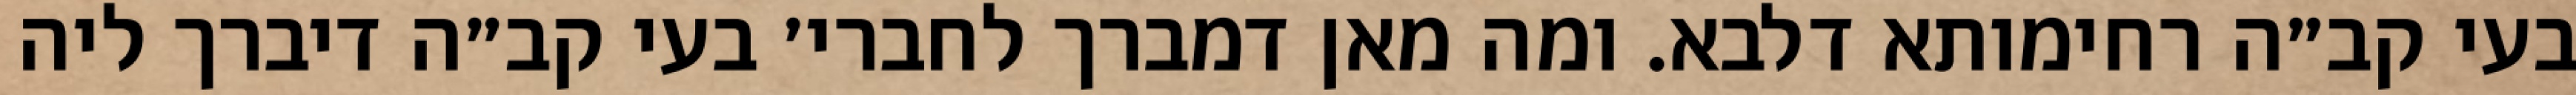
בעי קב״ה רחימותא דלבא. ומה מאן דמברך לחברי׳ בעי קב״ה דיברך ליה